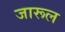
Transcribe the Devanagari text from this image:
जारूल